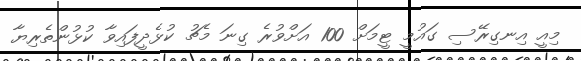
މިއީ އިނގިރޭސި ގައުމީ ޓީމަށް 100 އަށްވުރެ ގިނަ މެޗު ކުޅެދީފައިވާ ކުޅުންތެރިޔާ